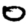
Digit: 0